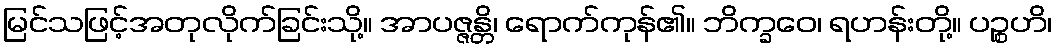
မြင်သဖြင့်အတုလိုက်ခြင်းသို့။ အာပဇ္ဇန္တိ၊ ရောက်ကုန်၏။ ဘိက္ခဝေ၊ ရဟန်းတို့။ ပဉ္စဟိ၊